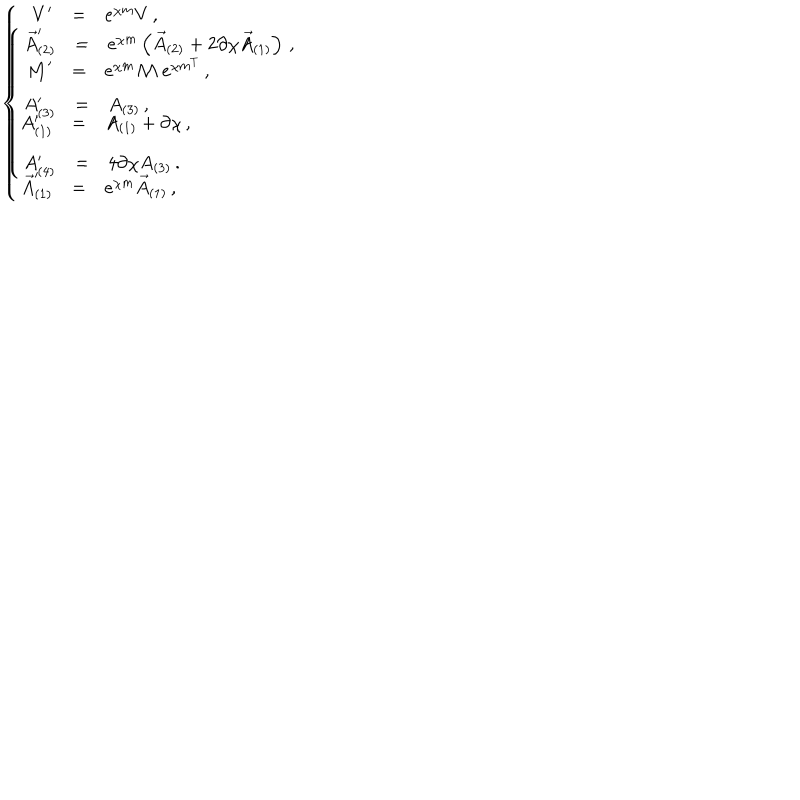
\left\{ \begin{array} { r c l } { { V ^ { \prime } } } & { { = } } & { { e ^ { \chi m } V \, , } } \\ { { } } & { { } } & { { } } \\ { { { \cal M } ^ { \prime } } } & { { = } } & { { e ^ { \chi m } { \cal M } \ e ^ { \chi m ^ { T } } \, , } } \\ { { } } & { { } } & { { } } \\ { { A _ { ( 1 ) } ^ { \prime } } } & { { = } } & { { A _ { ( 1 ) } + \partial \chi \, , } } \\ { { } } & { { } } & { { } } \\ { { \vec { A } _ { ( 1 ) } ^ { \prime } } } & { { = } } & { { e ^ { \chi m } \vec { A } _ { ( 1 ) } \, , } } \\ \end{array} \right. \hspace { 1 c m } \left\{ \begin{array} { r c l } { { \vec { A } _ { ( 2 ) } ^ { \prime } } } & { { = } } & { { e ^ { \chi m } \left( \vec { A } _ { ( 2 ) } + 2 \partial \chi \vec { A } _ { ( 1 ) } \right) \, , } } \\ { { } } & { { } } & { { } } \\ { { A _ { ( 3 ) } ^ { \prime } } } & { { = } } & { { A _ { ( 3 ) } \, , } } \\ { { } } & { { } } & { { } } \\ { { A _ { ( 4 ) } ^ { \prime } } } & { { = } } & { { 4 \partial \chi A _ { ( 3 ) } \, . } } \\ \end{array} \right.